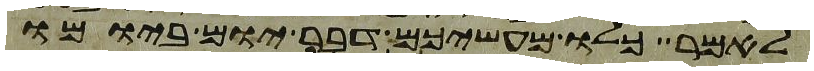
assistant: לאמר כלו מעשיכם דבר יום ביומו